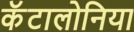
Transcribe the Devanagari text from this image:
कॅटालोनिया